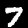
Label: 7